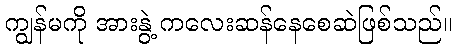
ကျွန်မကို အားနွဲ့ ကလေးဆန်နေစေဆဲဖြစ်သည်။